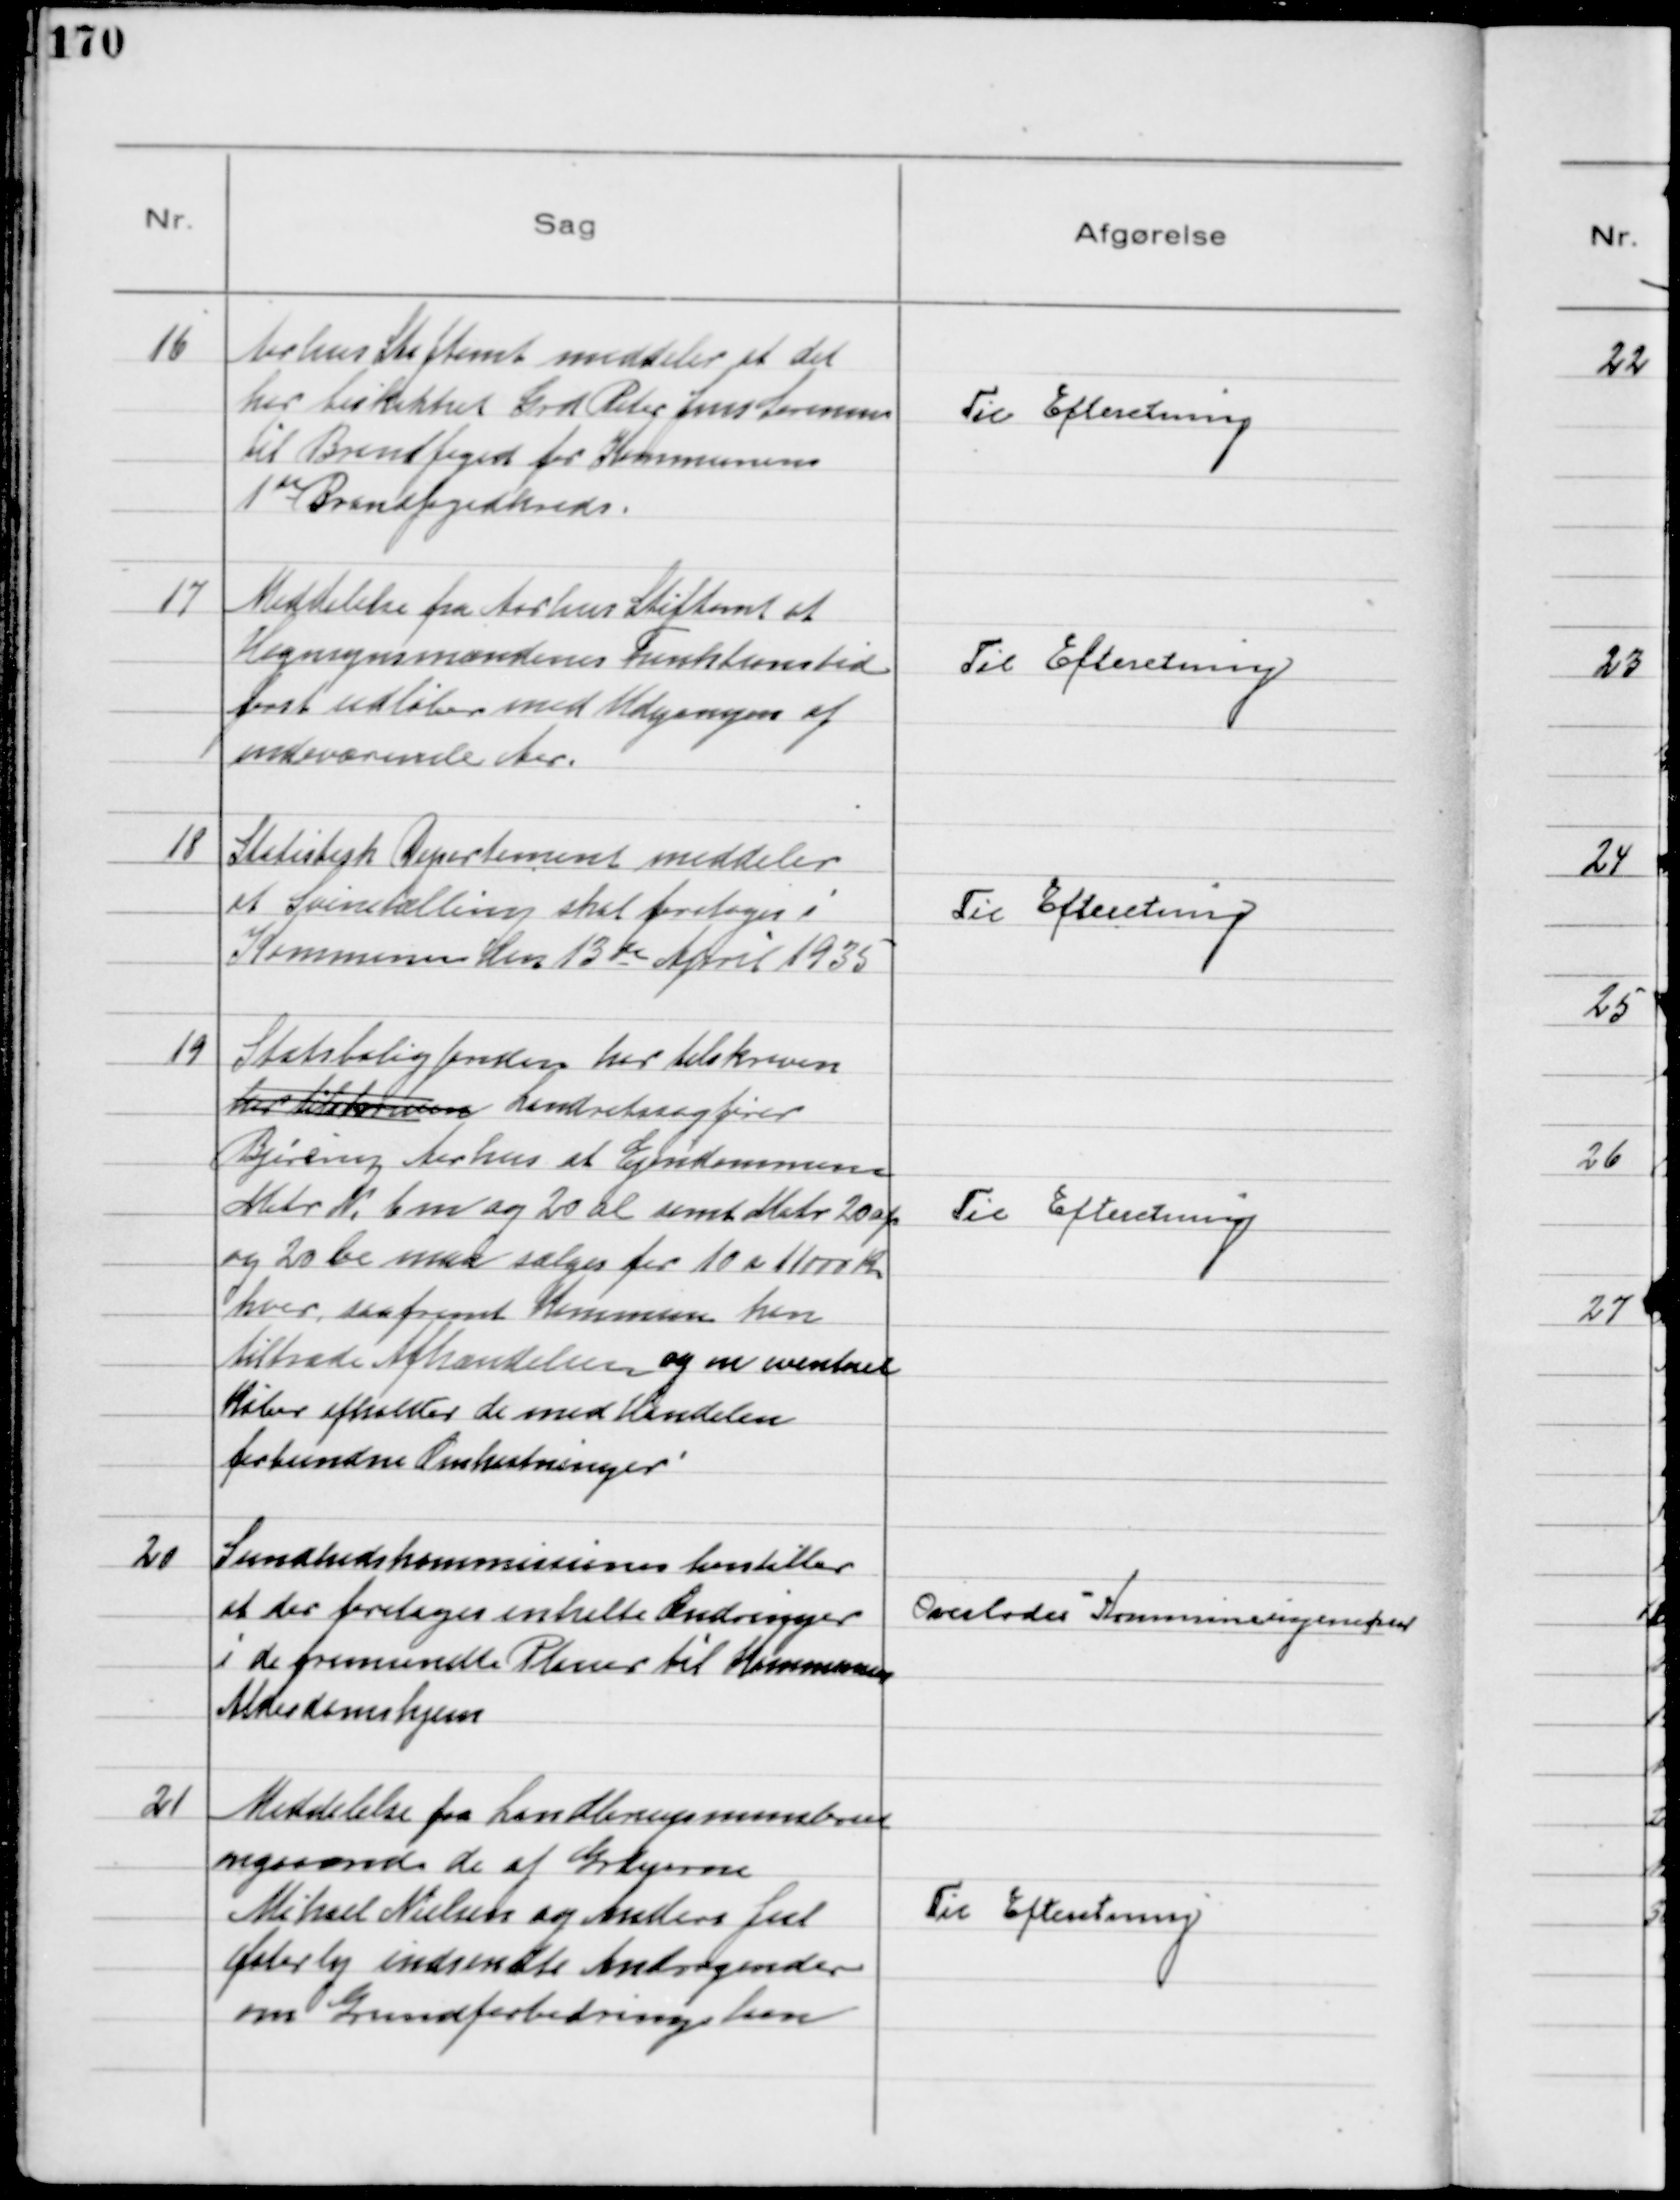
Transskription:
16
Aarhus Stiftamt meddeler at det
har beskikket Grd. Peter Jens Sørensen
til Brandfoged for Kommunens
1st Brandfogedkreds.

Til Efteretning

17
Meddelelse fra Aarhus Stiftamt at
Hegnsynsmændenes Funktionstid
først udløber med Udgangen af
indeværende Aar.

Til Efteretning

18
Statistisk Departement meddeler
at Svinetælling skal foretages i
Kommunen den 13de April 1935

Til Efteretning

19
Statsboligfonden har tilskreven 
har tilskreven Landsretssagfører
Bjerring Aarhus at Ejendommen
Matr № 6m og 20 al samt Matr 20 ap
og 20 be maa sælges for 10 a 11000 Kr
hver, saafremt Kommunen kan
tiltræde Afhændelsen og en eventuel
Køber afholder de med Handelen
forbundne Omkostninger.

Til Efteretning

20
Sundhedskommissionen henstiller
at der foretages enkelte Ændringer
i de fremsendte Planer til Kommunens
Alderdomshjem

Overlodes Kommuneingeniøren

21
Meddelelse fra Landbrugsministeriet
angaaende de af Grdejerne
Michael Nielsen og Anders Jul
Østerby indsendte Andragender
om Grundforbedringslaan

Til Efteretning